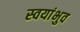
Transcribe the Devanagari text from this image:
स्वयांभुव